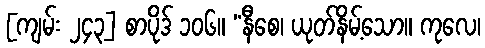
[ကျမ်း ၂၄၃] စာပိုဒ် ၁၀၆။ “နီစေ၊ ယုတ်နိမ့်သော။ ကုလေ၊